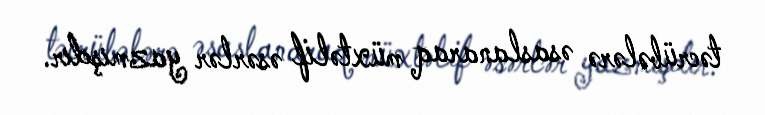
təcrübələrə əsaslanaraq müxtəlif əsərlər yazmışdır.